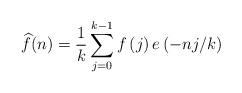
LaTeX: \begin{align*}\widehat{f}(n)=\frac{1}{k}\sum\limits_{j=0}^{k-1}f\left( j\right) e\left(-nj/k\right) \end{align*}